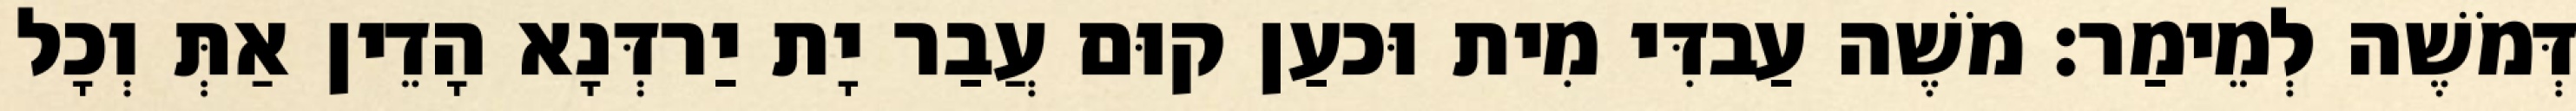
דְּמֹשֶׁה לְמֵימַר׃ מֹשֶׁה עַבדִּי מִית וּכעַן קוּם עֲבַר יָת יַרדְּנָא הָדֵין אַתְּ וְכָל